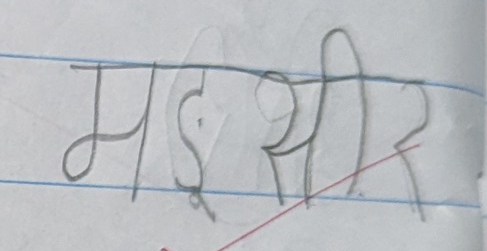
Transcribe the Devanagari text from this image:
मसिर